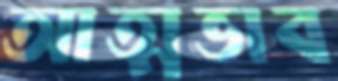
আত্মভাব